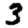
Digit: 3